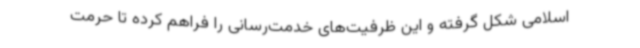
اسلامی شکل گرفته و این ظرفیت‌های خدمت‌رسانی را فراهم کرده تا حرمت